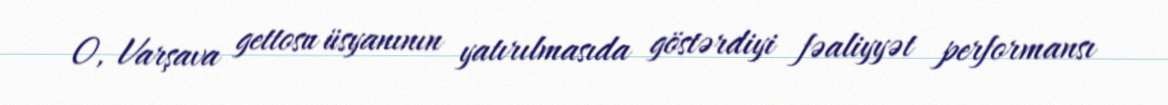
O, Varşava gettosu üsyanının yatırılmasıda göstərdiyi fəaliyyət performansı